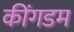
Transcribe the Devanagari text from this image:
कींगडम